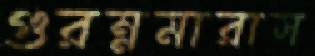
গুরম্নমারাস